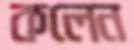
কলেন